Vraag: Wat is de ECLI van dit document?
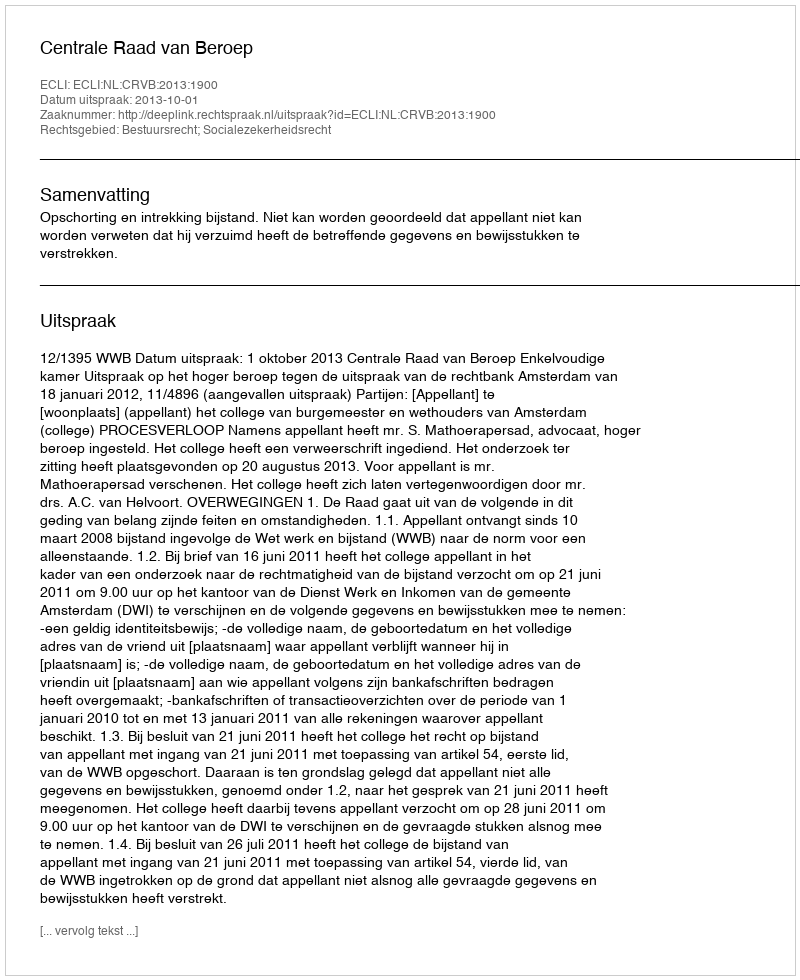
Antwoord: ECLI:NL:CRVB:2013:1900